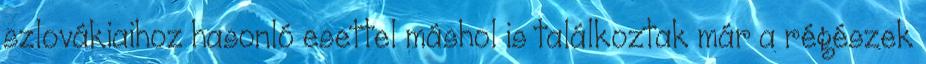
szlovákiaihoz hasonló esettel máshol is találkoztak már a régészek